Reports on military cantonments and civil stations in the Presidency of Bombay inspected by the Sanitary Commissioner in the years 1875 and 1876
Year: 1875
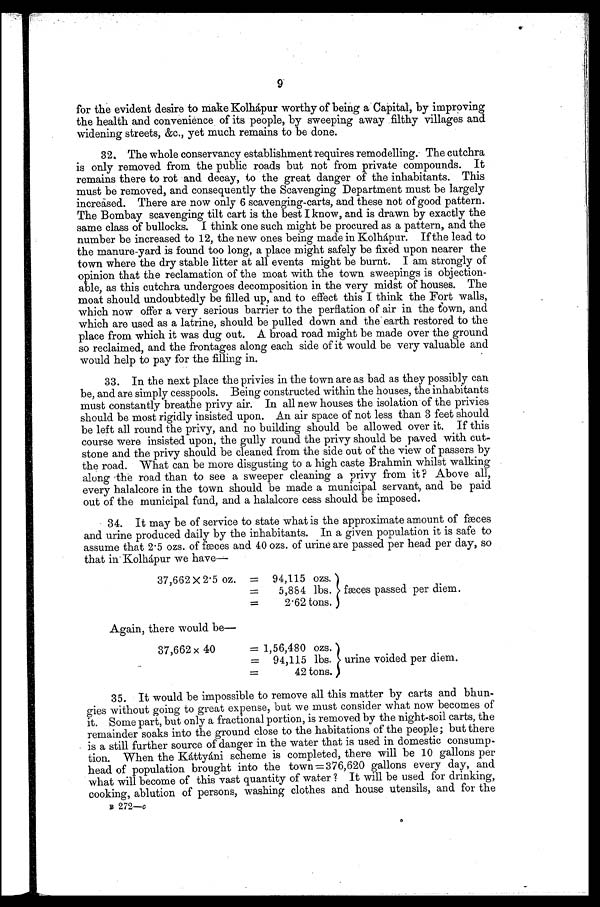
9
for the evident desire to make Kolhápur worthy of being a Capital, by improving
the health and convenience of its people, by sweeping away filthy villages and
widening streets, &c., yet much remains to be done.
32. The whole conservancy establishment requires remodelling. The cutchra
is only removed from the public roads but not from private compounds. It
remains there to rot and decay, to the great danger of the inhabitants. This
must be removed, and consequently the Scavenging Department must be largely
increased. There are now only 6 scavenging-carts, and these not of good pattern.
The Bombay scavenging tilt cart is the best I know, and is drawn by exactly the
same class of bullocks. I think one such might be procured as a pattern, and the
number be increased to 12, the new ones being made in Kolhápur. If the lead to
the manure-yard is found too long, a place might safely be fixed upon nearer the
town where the dry stable litter at all events might be burnt. I am strongly of
opinion that the reclamation of the moat with the town sweepings is objection--
able, as this cutchra undergoes decomposition in the very midst of houses. The
moat should undoubtedly be filled up, and to effect this I think the Fort walls,
which now offer a very serious barrier to the perflation of air in the town, and
which are used as a latrine, should be pulled down and the' earth restored to the
place from which it was dug out. A broad road might be made over the ground
so reclaimed, and the frontages along each side of it would be very valuable and
would help to pay for the filling in.
33. In the next place the privies in the town are as bad as they possibly can
be, and are simply cesspools. Being constructed within the houses, the inhabitants
must constantly breathe privy air. In all new houses the isolation of the privies
should be most rigidly insisted upon. An air space of not less than 3 feet should
be left all round the privy, and no building should be allowed over it. If this
course were insisted upon, the gully round the privy should be paved with cut
stone and the privy should be cleaned from the side out of the view of passers by
the road. What can be more disgusting to a high caste Brahmin whilst walking
along the road than to see a sweeper cleaning a privy from it ? Above all,
every halalcore in the town should be made a municipal servant, and be paid
out of the municipal fund, and a halalcore cess should be imposed.
34. It may be of service to state what is the approximate amount of fæces
and urine produced daily by the inhabitants. In a given population it is safe to
assume that 2 . 5 ozs. of fæces and 40 ozs. of urine are passed per head per day, so
that in Kolhápur we have-
37,662 X 2 . 5 oz. = 94,115 ozs.
=
5,884 lbs. fæces passed per diem.
=
2.62 tons.
Again, there would be-
37,662 x 40
= 1,56,480 ozs.
= 94,115 lbs. urine voided per diem.
=
42 tons.
35. It would be impossible to remove all this matter by carts and bhun--
gies without going to great expense, but we must consider what now becomes of
it. Some part, but only a fractional portion, is removed by the night-soil carts, the
remainder soaks into the ground close to the habitations of the people; but there
is a still further source of danger in the water that is used in domestic consump-
- t i o n . W h e n t h e K á t t y á n i s c h e m e i s c o m p l e t e d , t h e r e w i l l b e 1 0 g a l l o n s p e r
head of population brought into the town = 376,620 gallons every day, and
what will become of this vast quantity of water ? It will be used for drinking,
cooking, ablution of persons, washing clothes and house utensils, and for the
B 272—c